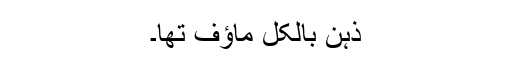
ذہن بالکل ماؤف تھا۔